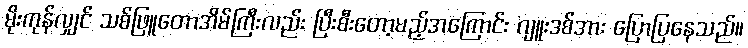
မိုးကုန်လျှင် သစ်ဖြူတောအိမ်ကြီးလည်း ပြီးစီးတော့မည့်အကြောင်း ဂျူးဒစ်အား ပြောပြနေသည်။